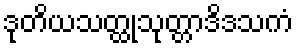
ဒုတိယသတ္ထုသုတ္တာဒိဒသကံ